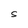
Character: s